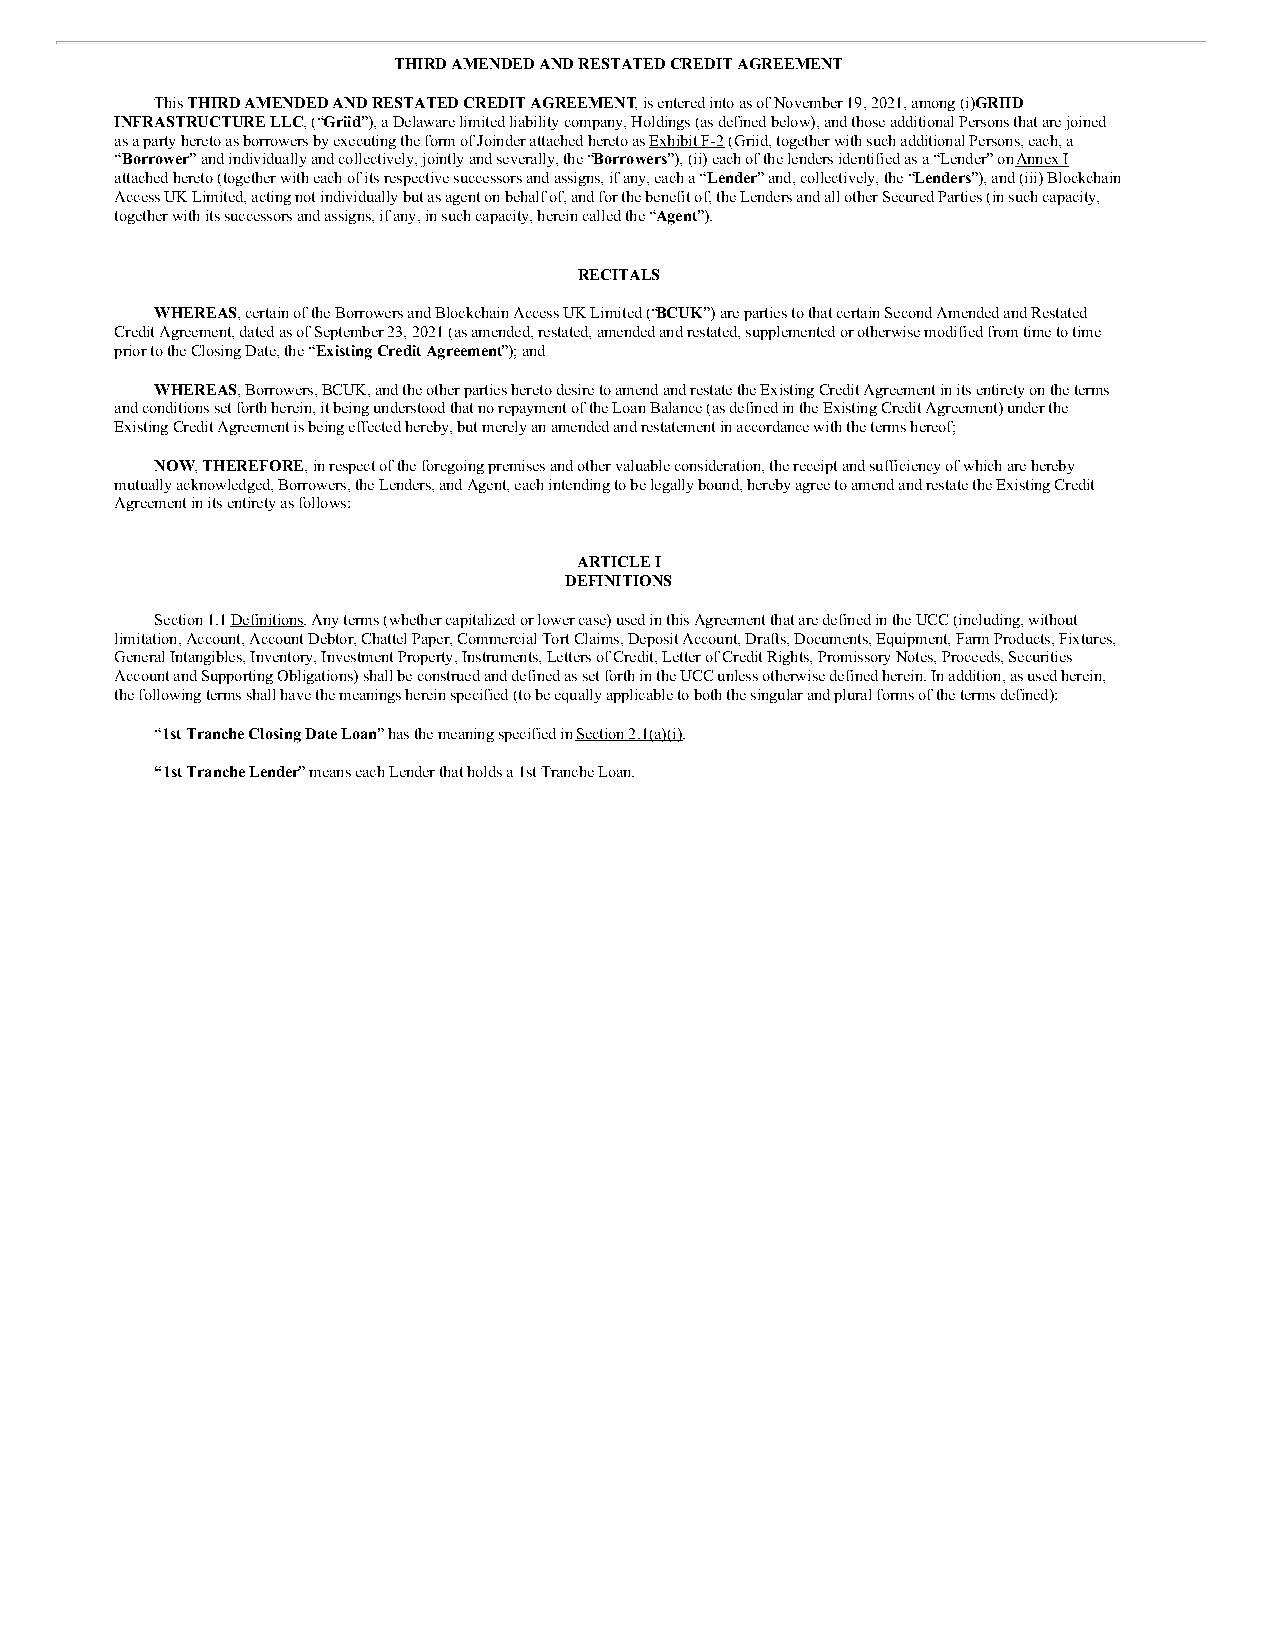
THIRD AMENDED AND RESTATED CREDIT AGREEMENT
 This THIRD AMENDED AND RESTATED CREDIT AGREEMENT, is entered into as of November 19, 2021, among (i) GRIID
 INFRASTRUCTURE LLC, (“Griid”), a Delaware limited liability company, Holdings (as defined below), and those additional Persons that are joined
 as a party hereto as borrowers by executing the form of Joinder attached hereto as Exhibit F-2 (Griid, together with such additional Persons, each, a
 “Borrower” and individually and collectively, jointly and severally, the “Borrowers”), (ii) each of the lenders identified as a “Lender” on Annex I
 attached hereto (together with each of its respective successors and assigns, if any, each a “Lender” and, collectively, the “Lenders”), and (iii) Blockchain
 Access UK Limited, acting not individually but as agent on behalf of, and for the benefit of, the Lenders and all other Secured Parties (in such capacity,
 together with its successors and assigns, if any, in such capacity, herein called the “Agent”).
 RECITALS
 WHEREAS, certain of the Borrowers and Blockchain Access UK Limited (“BCUK”) are parties to that certain Second Amended and Restated
 Credit Agreement, dated as of September 23, 2021 (as amended, restated, amended and restated, supplemented or otherwise modified from time to time
 prior to the Closing Date, the “Existing Credit Agreement”); and
 WHEREAS, Borrowers, BCUK, and the other parties hereto desire to amend and restate the Existing Credit Agreement in its entirety on the terms
 and conditions set forth herein, it being understood that no repayment of the Loan Balance (as defined in the Existing Credit Agreement) under the
 Existing Credit Agreement is being effected hereby, but merely an amended and restatement in accordance with the terms hereof;
 NOW, THEREFORE, in respect of the foregoing premises and other valuable consideration, the receipt and sufficiency of which are hereby
 mutually acknowledged, Borrowers, the Lenders, and Agent, each intending to be legally bound, hereby agree to amend and restate the Existing Credit
 Agreement in its entirety as follows:
 ARTICLE I
 DEFINITIONS
 Section 1.1 Definitions. Any terms (whether capitalized or lower case) used in this Agreement that are defined in the UCC (including, without
 limitation, Account, Account Debtor, Chattel Paper, Commercial Tort Claims, Deposit Account, Drafts, Documents, Equipment, Farm Products, Fixtures,
 General Intangibles, Inventory, Investment Property, Instruments, Letters of Credit, Letter of Credit Rights, Promissory Notes, Proceeds, Securities
 Account and Supporting Obligations) shall be construed and defined as set forth in the UCC unless otherwise defined herein. In addition, as used herein,
 the following terms shall have the meanings herein specified (to be equally applicable to both the singular and plural forms of the terms defined):
 “1st Tranche Closing Date Loan” has the meaning specified in Section 2.1(a)(i).
 “1st Tranche Lender” means each Lender that holds a 1st Tranche Loan.